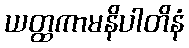
ယတ္ထကာမနိပါတိနံ